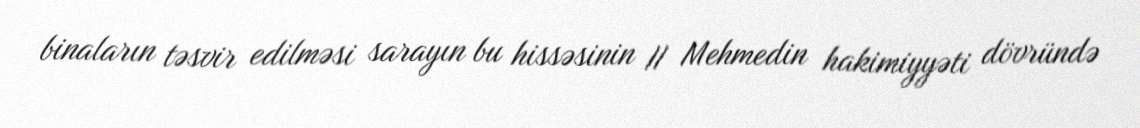
binaların təsvir edilməsi sarayın bu hissəsinin II Mehmedin hakimiyyəti dövründə